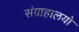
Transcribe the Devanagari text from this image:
संग्राहालयो